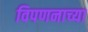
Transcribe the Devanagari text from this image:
विपणनाच्या